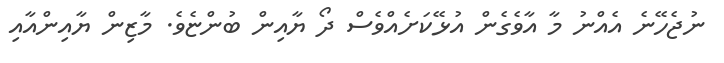
ނުޖެހޭނެ އެއްނު މާ އާވެގެން އުޅޭކަށެއްވެސް ދޯ ޔާއިން ބުންޏެވެ. މާޒިން ޔާއިންއާއި